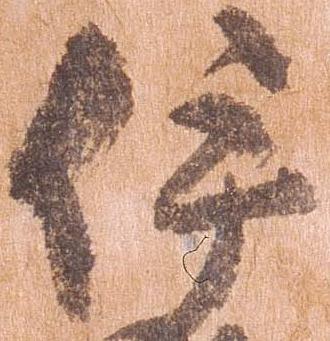
伊